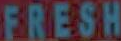
FRESH